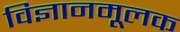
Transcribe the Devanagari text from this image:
विज्ञानमूलक